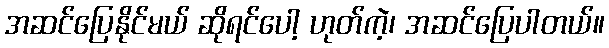
အဆင်ပြေနိုင်မယ် ဆိုရင်ပေါ့ ဟုတ်ကဲ့၊ အဆင်ပြေပါတယ်။